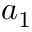
a _ { 1 }